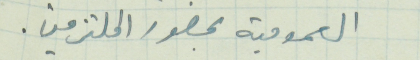
العمومية بحضور الملتزمين.